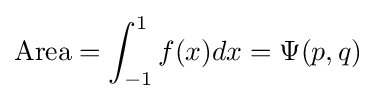
{\text{Area}}=\int _{-1}^{1}f(x)dx=\Psi (p,q)